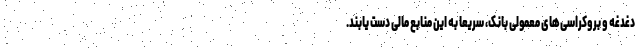
دغدغه و بروکراسی‌های معمولی بانک، سریعاً به این منابع مالی دست یابند.